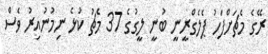
ރޭގެ މެޗަށްފަހު ޕެލެގްރީނީ ބުނީ ލީގުގެ 37 މެޗު ކުޅެ ނިމުނުއިރު ވެސް